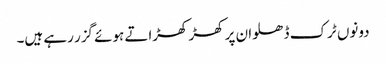
دونوں ٹرک ڈھلوان پر کھڑ کھڑاتے ہوئے گزر رہے ہیں۔